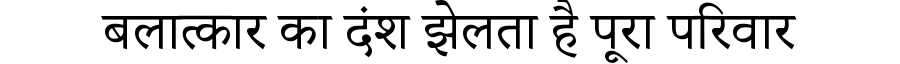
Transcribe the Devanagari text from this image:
बलात्कार का दंश झेलता है पूरा परिवार